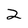
Character: 2